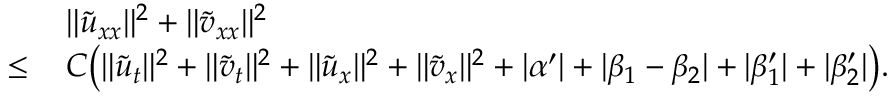
\begin{array} { r l } & { \, \| \tilde { u } _ { x x } \| ^ { 2 } + \| \tilde { v } _ { x x } \| ^ { 2 } } \\ { \le } & { \, C \big ( \| \tilde { u } _ { t } \| ^ { 2 } + \| \tilde { v } _ { t } \| ^ { 2 } + \| \tilde { u } _ { x } \| ^ { 2 } + \| \tilde { v } _ { x } \| ^ { 2 } + | \alpha ^ { \prime } | + | \beta _ { 1 } - \beta _ { 2 } | + | \beta _ { 1 } ^ { \prime } | + | \beta _ { 2 } ^ { \prime } | \big ) . } \end{array}